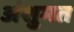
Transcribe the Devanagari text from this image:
अंशुमत